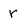
Character: r